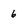
Character: 6